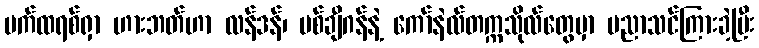
ပက်ထရစ်ရှာ ဟားဘတ်ဟာ လန်ဒန်၊ မစ်ချီဂန်နဲ့ ကော်နဲလ်တက္ကသိုလ်တွေမှာ ပညာသင်ကြားခဲ့ပြီး